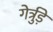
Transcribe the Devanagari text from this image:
गेर्त्रुड़े